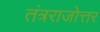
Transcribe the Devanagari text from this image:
तंत्रराजोत्तर